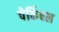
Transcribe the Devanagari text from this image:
पेर्किवल